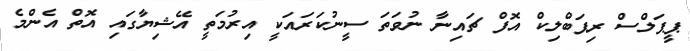
ޕީޕަލްސް ރިޕަބްލިކް އޮފް ޗައިނާ ނުވަތަ ސީނުކަރައަކީ އިރުމަތީ އޭޝިޔާގައި އޮތް އެންމެ